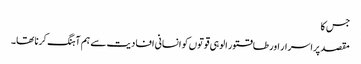
جس کا
مقصد پراسرار اور طاقتور الوہی قوتوں کو انسانی افادیت سے ہم آہنگ کرنا تھا۔